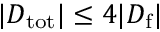
| D _ { \mathrm { t o t } } | \leq 4 | D _ { \mathrm { f } } |